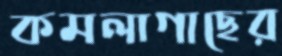
কমলাগাছের